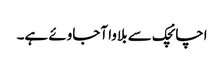
اچانچک سے بلاوا آجاوئے ہے۔